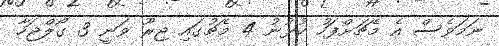
ނަމަވެސް އެ މެޗަށްފަހު ކުޅުނު 4 މެޗުގައި ޖިރޫ ވަނީ 3 ގޯލްޖަހާ